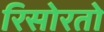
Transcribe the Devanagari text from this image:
रिसोरतो